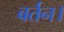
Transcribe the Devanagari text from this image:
बर्तन।